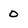
Character: 0